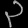
Digit: ၃